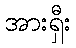
အားရှီး